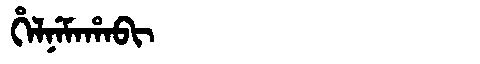
Manchu: ᡥᡝᠯᠨᡝᠮᠠᡥᠠᠪᡳ
Romanization: HELNEMAHABI